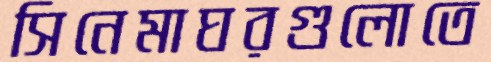
সিনেমাঘরগুলোতে